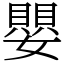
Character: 嬰